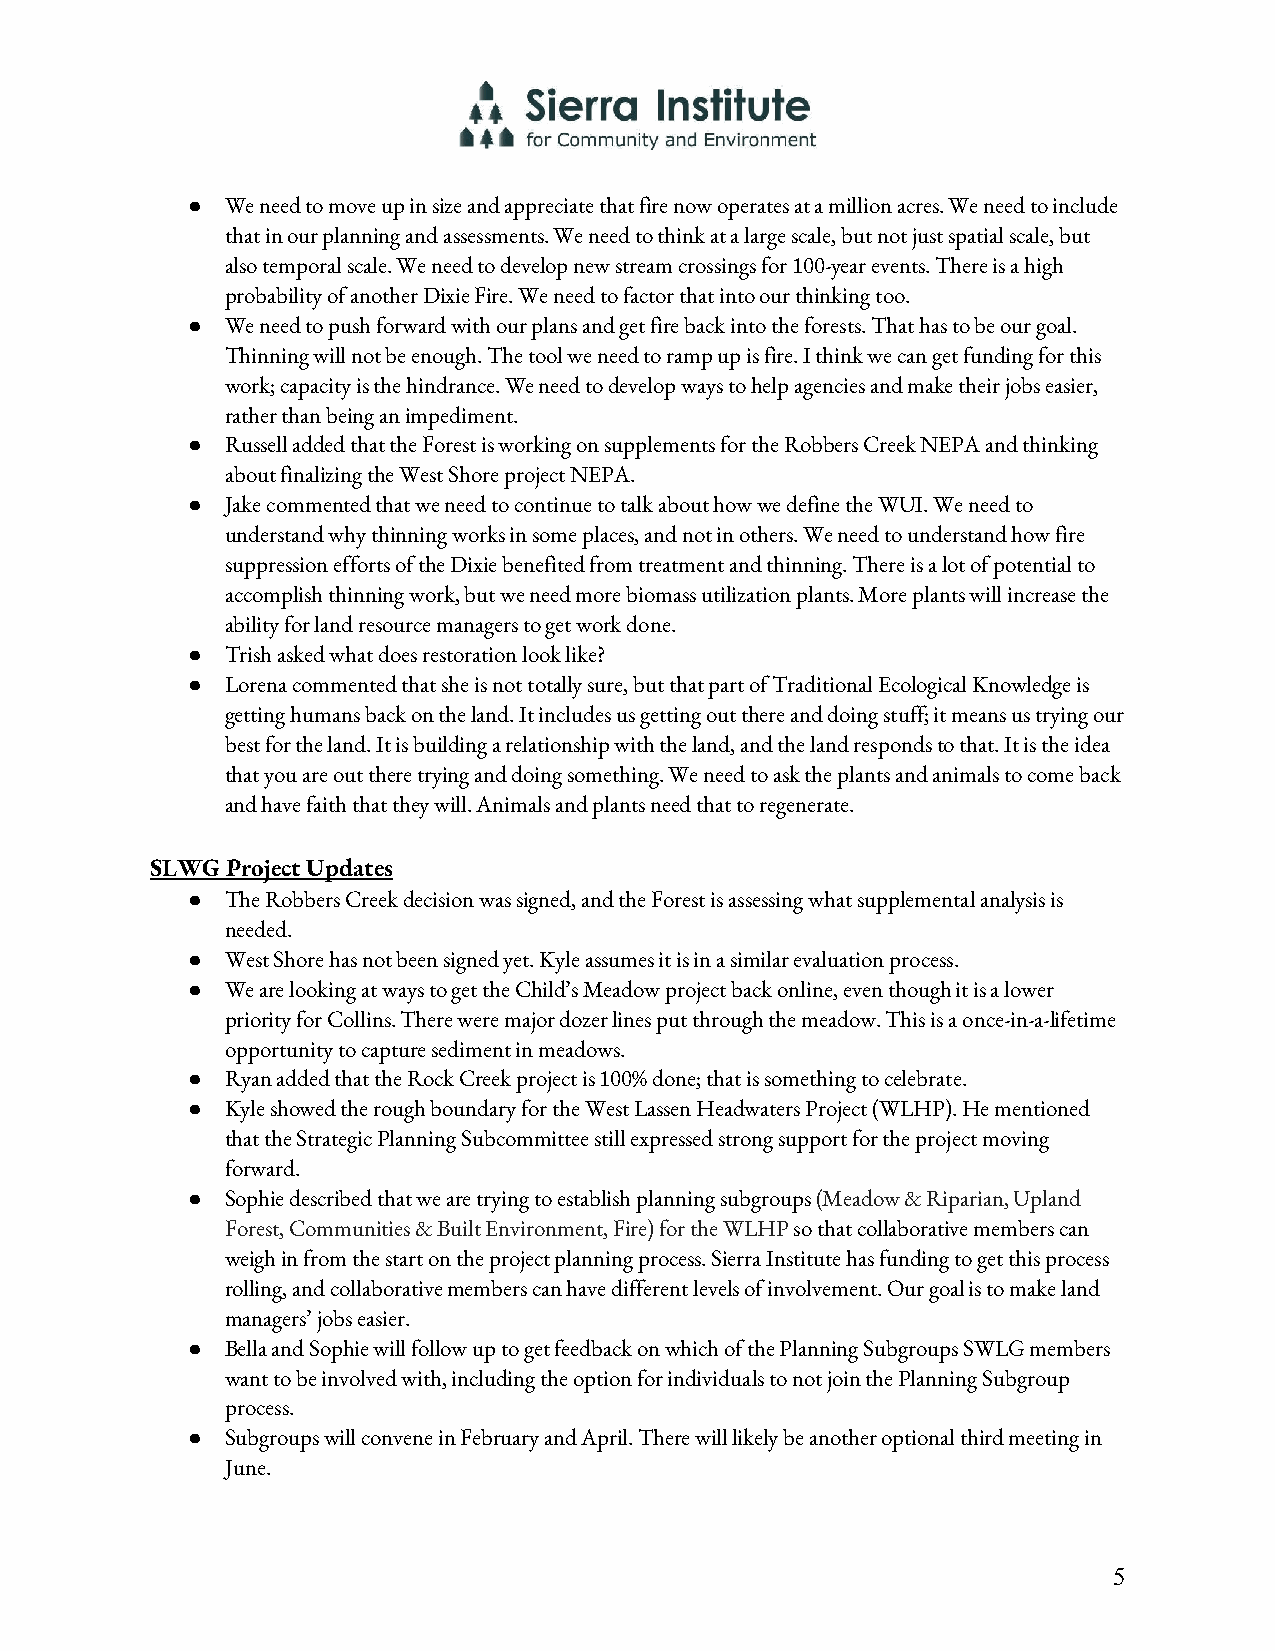
●  We need to move up in size and appreciate that fire now operates at a million acres. We need to include
 that in our planning and assessments. We need to think at a large scale, but not just spatial scale, but
 also temporal scale. We need to develop new stream crossings for 100-year events. There is a high
 probability of another Dixie Fire. We need to factor that into our thinking too.
 ●  We need to push forward with our plans and get fire back into the forests. That has to be our goal.
 Thinning will not be enough. The tool we need to ramp up is fire. I think we can get funding for this
 work; capacity is the hindrance. We need to develop ways to help agencies and make their jobs easier,
 rather than being an impediment.
 ●  Russell added that the Forest is working on supplements for the Robbers Creek NEPA and thinking
 about finalizing the West Shore project NEPA.
 ●  Jake commented that we need to continue to talk about how we define the WUI. We need to
 understand why thinning works in some places, and not in others. We need to understand how fire
 suppression efforts of the Dixie benefited from treatment and thinning. There is a lot of potential to
 accomplish thinning work, but we need more biomass utilization plants. More plants will increase the
 ability for land resource managers to get work done.
 ●  Trish asked what does restoration look like?
 ●  Lorena commented that she is not totally sure, but that part of Traditional Ecological Knowledge is
 getting humans back on the land. It includes us getting out there and doing stuff; it means us trying our
 best for the land. It is building a relationship with the land, and the land responds to that. It is the idea
 that you are out there trying and doing something. We need to ask the plants and animals to come back
 and have faith that they will. Animals and plants need that to regenerate.
 SLWG Project Updates
 ●  The Robbers Creek decision was signed, and the Forest is assessing what supplemental analysis is
 needed.
 ●  West Shore has not been signed yet. Kyle assumes it is in a similar evaluation process.
 ●  We are looking at ways to get the Child’s Meadow project back online, even though it is a lower
 priority for Collins. There were major dozer lines put through the meadow. This is a once-in-a-lifetime
 opportunity to capture sediment in meadows.
 ●  Ryan added that the Rock Creek project is 100% done; that is something to celebrate.
 ●  Kyle showed the rough boundary for the West Lassen Headwaters Project (WLHP). He mentioned
 that the Strategic Planning Subcommittee still expressed strong support for the project moving
 forward.
 ●  Sophie described that we are trying to establish planning subgroups (Meadow & Riparian, Upland
 Forest, Communities & Built Environment, Fire) for the WLHP so that collaborative members can
 weigh in from the start on the project planning process. Sierra Institute has funding to get this process
 rolling, and collaborative members can have different levels of involvement. Our goal is to make land
 managers’ jobs easier.
 ●  Bella and Sophie will follow up to get feedback on which of the Planning Subgroups SWLG members
 want to be involved with, including the option for individuals to not join the Planning Subgroup
 process.
 ●  Subgroups will convene in February and April. There will likely be another optional third meeting in
 June.
 5